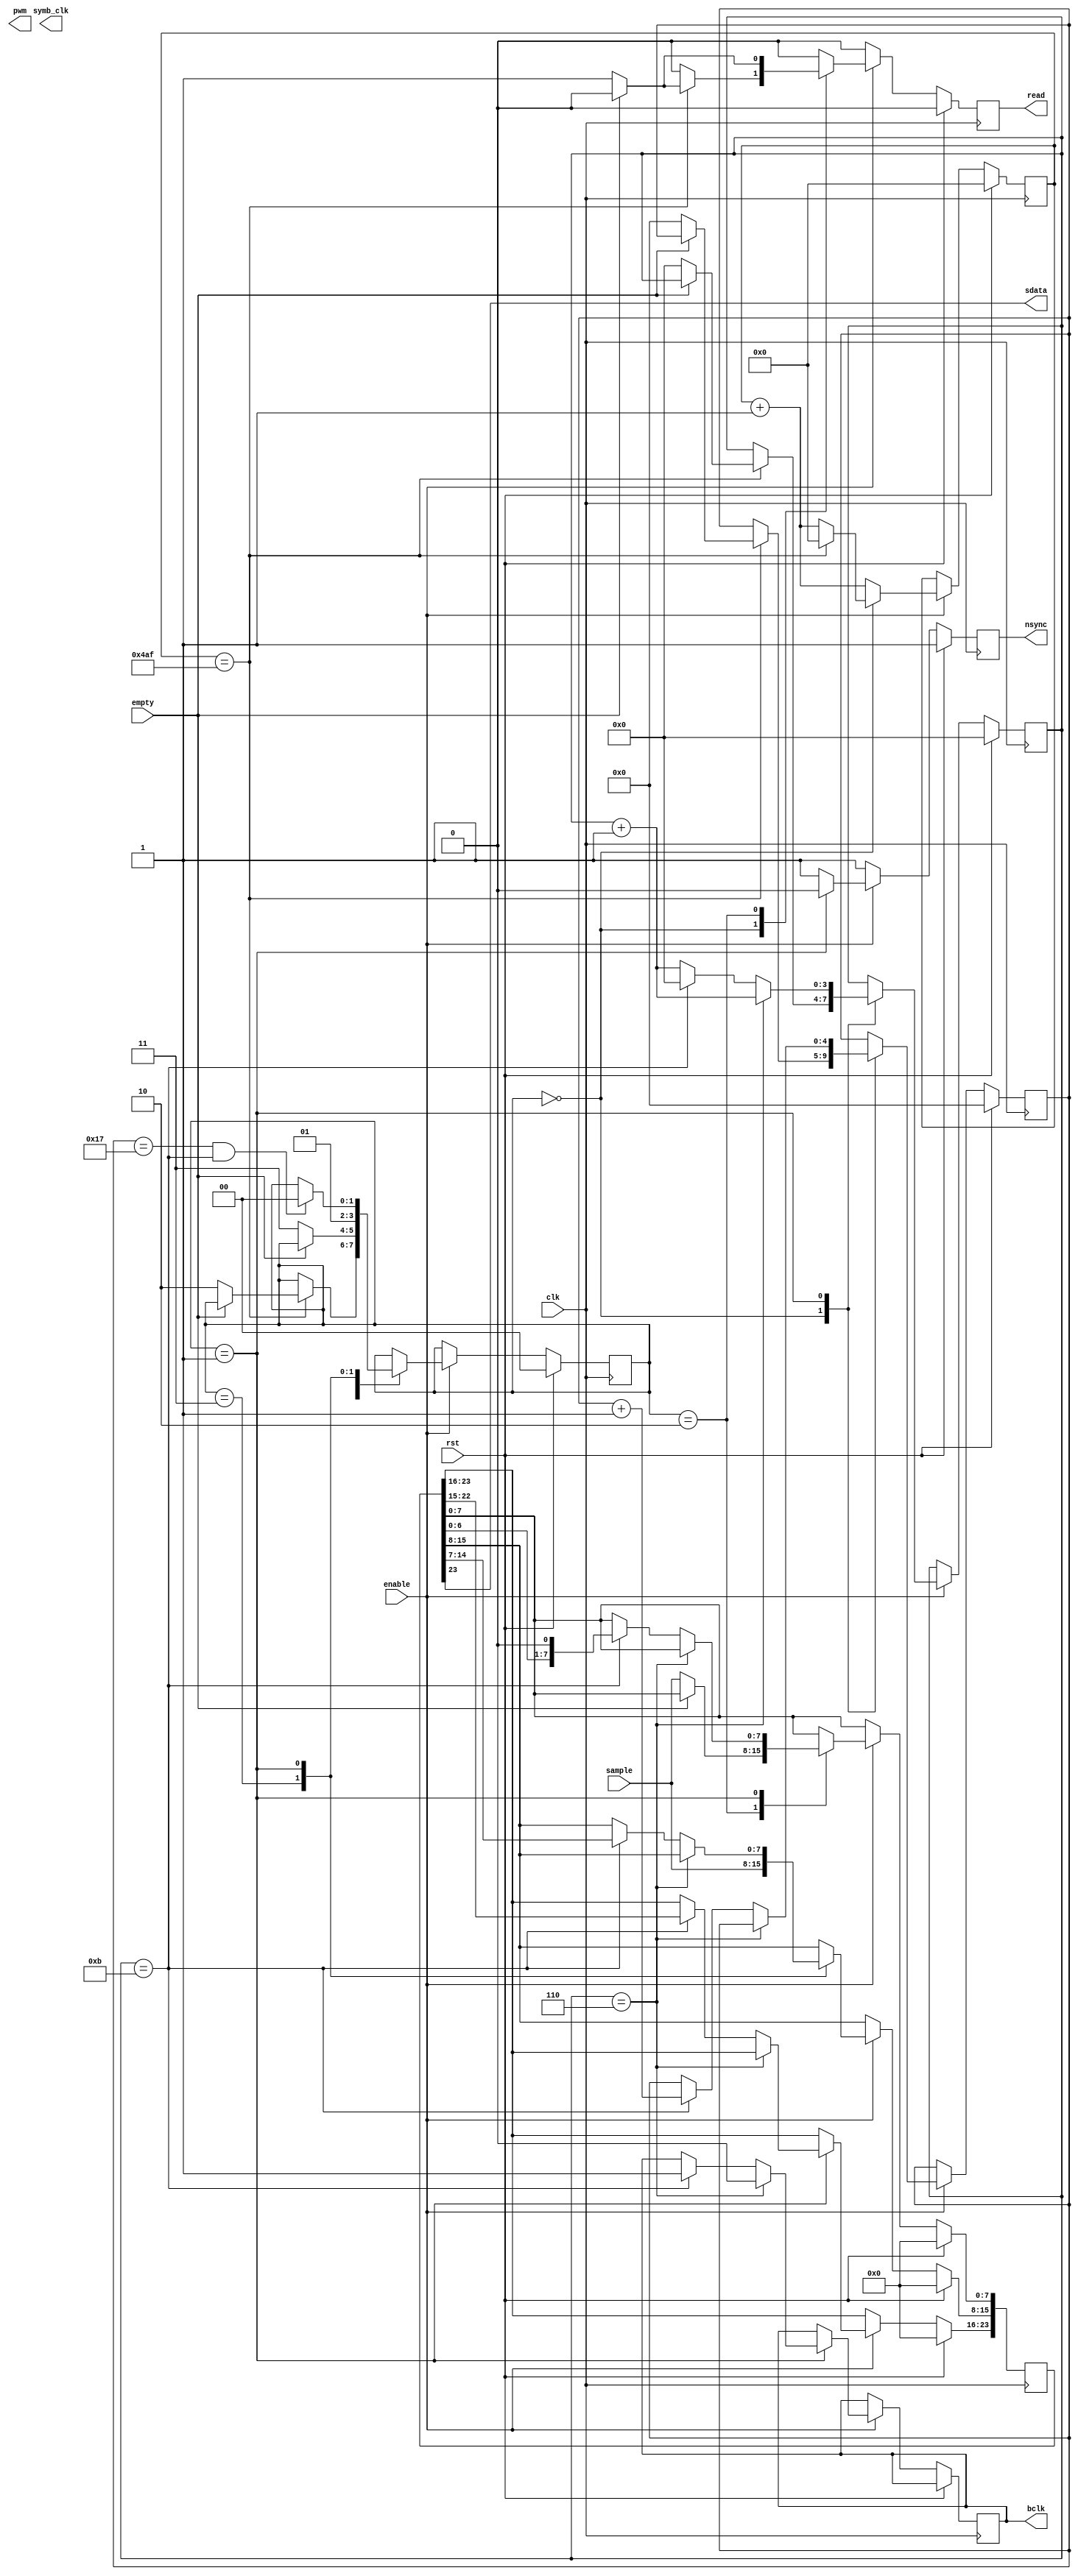
`timescale 1ns/1ps

module modulator #(
    parameter PARAMETER01 = 1200,// PAM_CLKS_SAMPLING_FREQ  - 120M -> 100K
    parameter PARAMETER02 = 12, // PAM_CLKS_PER_BCLK        - 120M -> 10M
    parameter PARAMETER03 = 24, // PAM_DATA_LENGHT
    parameter PARAMETER04 = 0
)(
    input clk,
    input rst,
    input enable,
    /* FIFO interface */
    input [7:0] sample,
    input empty,
    output reg read,
    /* data flow */
    output pwm, // sdata
    output sdata,
    output reg bclk,
    output reg nsync,

    // test
    output reg symb_clk
);
    // real PAM modulator parameters
    localparam PAM_CLKS_SAMPLING_FREQ   = PARAMETER01;
    localparam PAM_CLKS_PER_BCLK        = PARAMETER02;
    localparam PAM_DATA_LENGHT          = PARAMETER03;

    localparam WIDTH_COUNT_FS   = $clog2(PAM_CLKS_SAMPLING_FREQ);
    localparam WIDTH_COUNT_BCLK = $clog2(PAM_CLKS_PER_BCLK);
    localparam WIDTH_COUNT_BITS = $clog2(PAM_DATA_LENGHT);

    localparam ST_IDLE = 0;
    localparam ST_RUNNING = 1;
    localparam ST_BYTE0 = 2;
    localparam ST_BYTE1 = 3;

    /* registers */
    reg [1:0] state;
    reg [WIDTH_COUNT_FS-1:0] counter_fs;
    reg [WIDTH_COUNT_BCLK-1:0] counter_bclk;
    reg [WIDTH_COUNT_BITS-1:0] counter_bits;
    reg [23:0] sample_reg;
    reg sample_byte;

    // shift register to serialize each pwm-symbol
    always @ (posedge clk) begin
        read <= 1'b0;
        nsync <= 1'b1;

        if (rst == 1'b1) begin
            counter_fs <= 'd0;
            counter_bclk <= 0;
            counter_bits <= 0;
            state <= ST_IDLE;
            sample_reg <= 'd0;
            sample_byte <= 'd0;
        end else if (enable == 1'b1) begin
            counter_fs <= counter_fs + 1;
            case (state)
                ST_IDLE:
                begin
                    if (counter_fs == PAM_CLKS_SAMPLING_FREQ-1) begin
                        counter_fs <= 0;

                        if (empty == 1'b0) begin
                            state <= ST_BYTE0;
                            counter_bits <= 0;
                            counter_bclk <= 0;
                            read <= 1'b1;
                            sample_byte <= 1;
                        end
                    end
                end

                ST_BYTE0:
                begin
                    if (empty == 0) begin
                        sample_reg [7:0] <= sample;
                        read <= 1;
                        state <= ST_BYTE1;
                    end
                end

                ST_BYTE1:
                begin
                    sample_reg [15:8] <= sample;
                    state <= ST_RUNNING;
                end

                ST_RUNNING:
                begin
                    nsync <= 0;

                    if (counter_bclk == PAM_CLKS_PER_BCLK/2) begin
                        bclk <= 0;
                        counter_bclk <= counter_bclk + 1;
                    end else if (counter_bclk == PAM_CLKS_PER_BCLK-1) begin
                        bclk <= 1;
                        sample_reg <= sample_reg << 1;
                        counter_bits <= counter_bits + 1;
                        counter_bclk <= 0;
                    end else begin
                        counter_bclk <= counter_bclk + 1;
                    end

                    if ((counter_bits == PAM_DATA_LENGHT-1) &&
                        (counter_bclk == PAM_CLKS_PER_BCLK-1)) begin
                        state <= ST_IDLE;
                    end
                end

                default:
                begin
                    state <= ST_IDLE;
                end
            endcase
        end
    end

    assign sdata = sample_reg[23];

    initial begin
        $dumpfile ("waveform.vcd");
        $dumpvars (0, modulator);
    end
endmodule